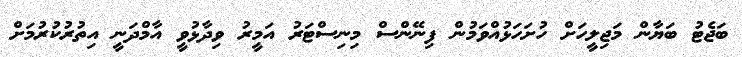
ބަޖެޓު ބަޔާން މަޖިލީހަށް ހުށަހަޅުއްވަމުން ފިނޭންސް މިނިސްޓަރު އަމީރު ވިދާޅުވީ އާމްދަނީ އިތުރުކުރުމަށް